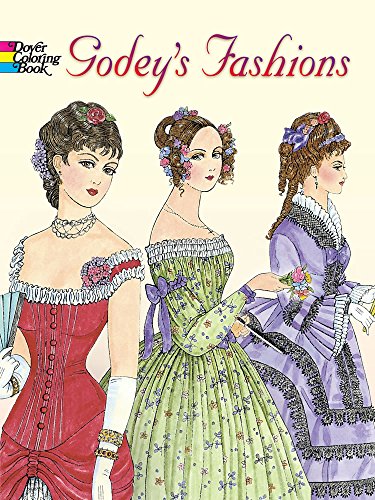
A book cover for Godey's Fashions Coloring Book (Dover Fashion Coloring Book); Ming-Ju Sun; Crafts, Hobbies & Home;